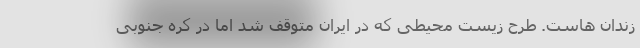
زندان هاست. طرح زیست‌ محیطی که در ایران متوقف شد اما در کُره ‌جنوبی